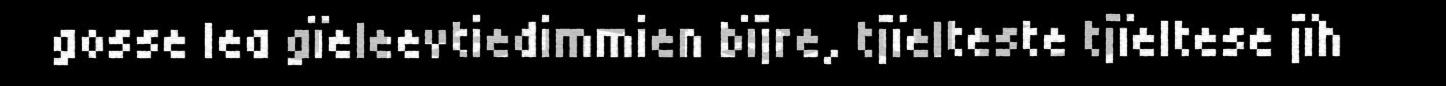
gosse lea gïeleevtiedimmien bïjre, tjïelteste tjïeltese jïh